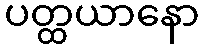
ပတ္ထယာနော